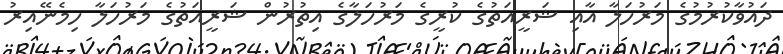
ދައުވާކުރުމުގެ މަރުހަލާ އާއި ޝަރީއަތުގެ ކުރީގެ މަރުހަލާގެ އިތުރުން ޝަރީއަތުގެ މަރުހަލާ ހިމެނޭއިރު